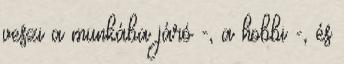
veszi a munkába járó -, a hobbi -, és